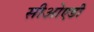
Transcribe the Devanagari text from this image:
सीओएडी